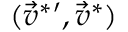
( \vec { v } ^ { * } { } ^ { \prime } , \vec { v } ^ { * } )